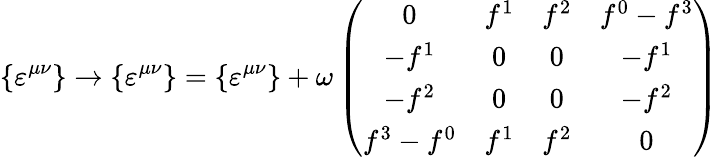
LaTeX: \{ \varepsilon^{\mu\nu}\} \rightarrow\{ \varepsilon^{\mu\nu}\} =\{ \varepsilon^{\mu\nu}\} +\omega\left(\begin{array}{cccc}{{0}}&{{f^{1}}}&{{f^{2}}}&{{f^{0}-f^{3}}}\\ {{-f^{1}}}&{{0}}&{{0}}&{{-f^{1}}}\\ {{-f^{2}}}&{{0}}&{{0}}&{{-f^{2}}}\\ {{f^{3}-f^{0}}}&{{f^{1}}}&{{f^{2}}}&{{0}}\end{array}\right)